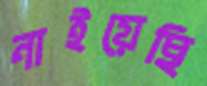
নাইয়েছি